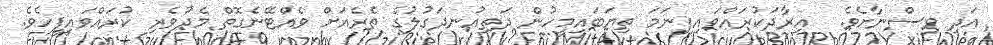
އަދި ވިސްނާށެވެ.  އިރާދަކުރައްވައިފިނަމަ ތިޔަބައިމީހުން ދަތިއުނދަގުލުގެ ތެރެއަށް ވެއްޓޭނެގޮތް މެދުވެރި ކުރައްވައިފީހެވެ.